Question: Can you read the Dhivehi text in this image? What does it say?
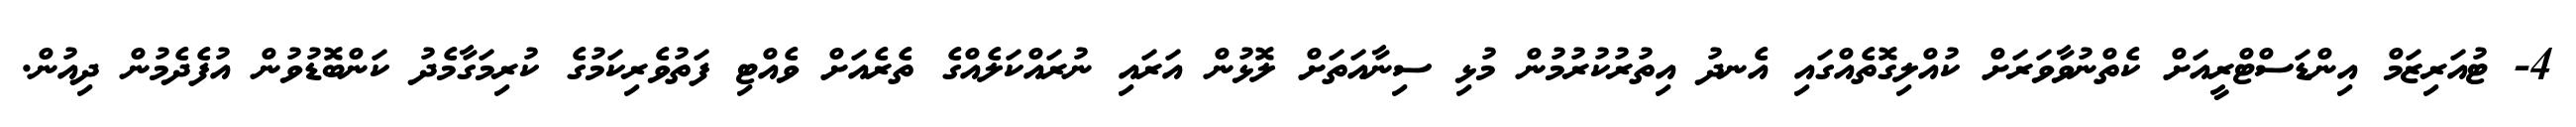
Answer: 4- ޓުއަރިޒަމް އިންޑަސްޓްރީއަށް ކެތްނުވާވަރަށް ކުއްލިގޮތެއްގައި އެނދު އިތުރުކުރުމުން މުޅި ސިނާއަތަށް ލޮޅުން އަރައި ނުރައްކަލެއްގެ ތެރެއަށް ވެއްޓި ފަތުވެރިކަމުގެ ކުރިމަގާމެދު ކަންބޮޑުވުން އުފެދެމުން ދިއުން.